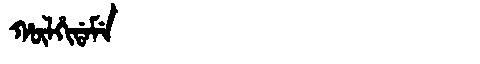
Manchu: ᡥᡡᠯᡥᡳᡩᠠᠮᡝ
Romanization: HŪLHIDAME